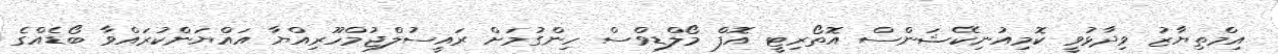
އިމްތިޔާޒު ވިދާޅުވީ ކޮމިއުނިކޭޝަންސް އޮތޯރިޓީ އޮފް މޯލްޑިވްސް ހިންގުމަށް ރައީސުލްޖުމްހޫރިއްޔާ އައްޔަންކުރައްވާ ބޯޑެއްގެ